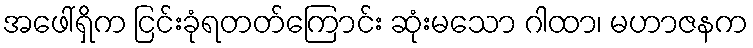
အဖေါ်ရှိက ငြင်းခုံရတတ်ကြောင်း ဆုံးမသော ဂါထာ၊ မဟာဇနက